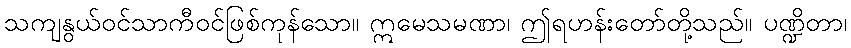
သကျနွယ်ဝင်သာကီဝင်ဖြစ်ကုန်သော။ ဣမေသမဏာ၊ ဤရဟန်းတော်တို့သည်။ ပဏ္ဍိတာ၊